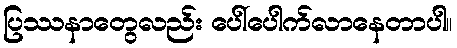
ပြဿနာတွေလည်း ပေါ်ပေါက်လာနေတာပါ။